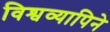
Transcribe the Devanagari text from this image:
विश्वव्यापिने